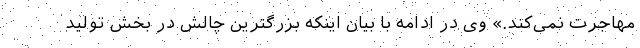
مهاجرت نمی‌کند.» وی در ادامه با بیان اینکه بزرگترین چالش در بخش تولید